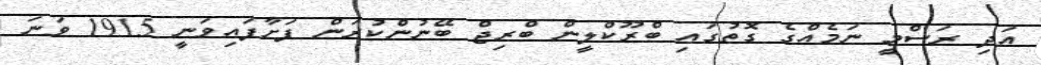
އަދި ރަސްމީ ނަމެއްގެ ގޮތުގައި ބްރޫކްލީން ބްރިޖް ބޭނުންކުރަން ފަށާފައިވަނީ 1915 ވަނަ